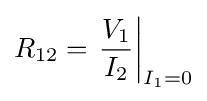
R_{12}=\left.{\frac {V_{1}}{I_{2}}}\right|_{I_{1}=0}